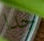
جدا